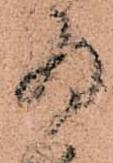
為